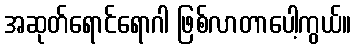
အဆုတ်ရောင်ရောဂါ ဖြစ်လာတာပေါ့ကွယ်။